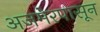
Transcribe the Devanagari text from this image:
अजमेरपासून